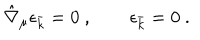
\hat { \nabla } _ { \mu } \epsilon _ { \bar { k } } = 0 \ , \qquad \epsilon _ { \bar { k } } = 0 \ .